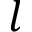
l